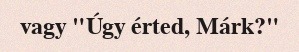
vagy "Úgy érted, Márk?"